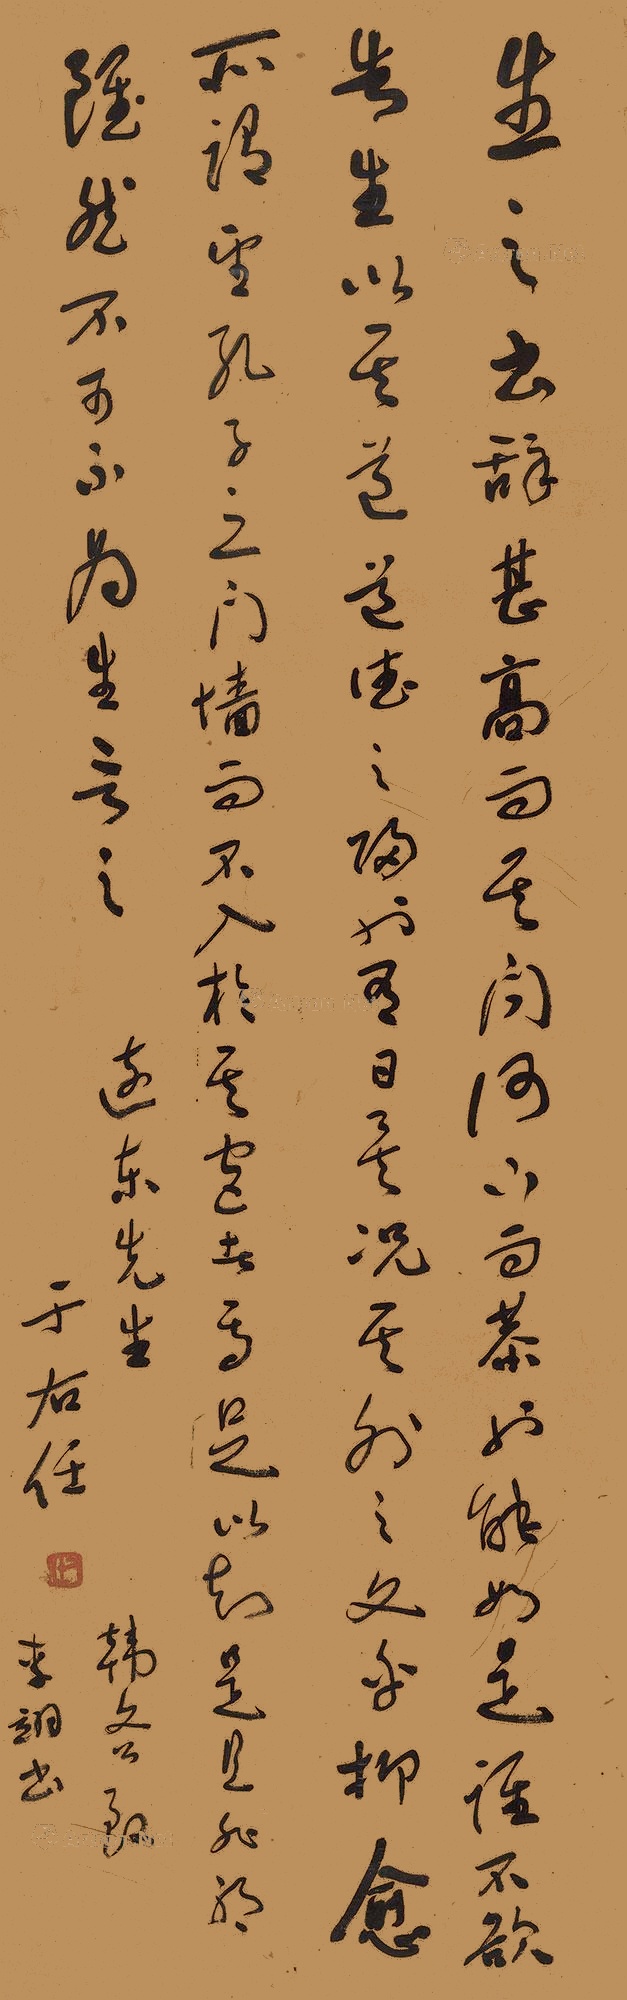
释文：生之书辞甚高，而其问何下而恭也。能如是，谁不欲告生以其道?道德之归也有日矣，况其外之文乎?抑愈所谓望孔子之门墙而不入于其宫者，焉足以知是且非邪？虽然，不可不为生言之。远东先生，韩文公致李翊书，于右任。